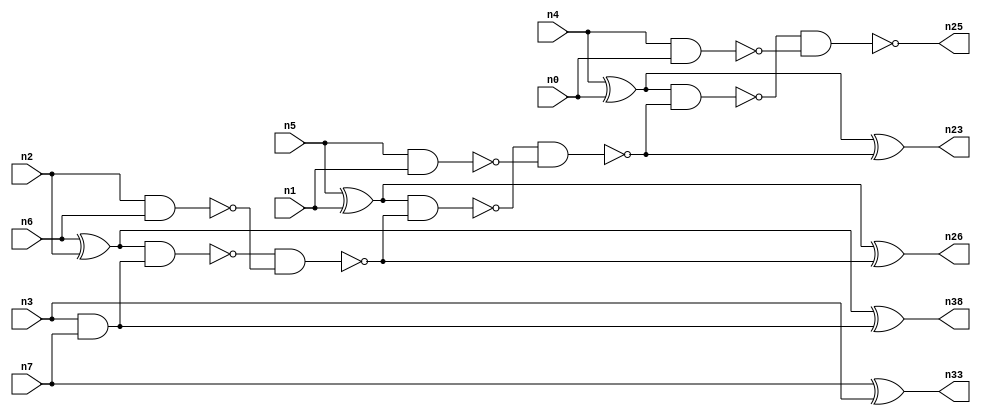
// This program was cloned from: https://github.com/umar-afzaal/ReCkt
// License: MIT License

// This file contains a pareto-optimal circuit with respect to pdp and the fault-resilince parameter p_fault which is defined as:
// "For all input vectors, the ratio of the no. of faults observable at the POs to the no. of total possible faults in the circuit".
// This code is part of the ReCkt library (https://github.com/umar-afzaal/ReCkt) distributed under The MIT License.
// When used, please cite the following article(s):
// U. Afzaal, A.S. Hassan, M. Usman and J.A. Lee, "On the Evolutionary Synthesis of Increased Fault-resilience Arithmetic Circuits".

// p_fault = 92.2 %    (Lower is better)
// gates = 21.0
// levels = 7
// area = 27.64    (For MCNC library relative to nand2)
// power = 100.2 uW    (Berkely-SIS for MCNC library @ Vdd=5V and 20 MHz clock)
// delay = 7.9 ns    (Berkely-ABC for MCNC library)
// PDP = 7.9158e-13 J

// Pin mapping:
// {n0, n1, n2, n3} = A[3:0]
// {n4, n5, n6, n7} = B[3:0]
// {n25, n23, n26, n38, n33} = O[4:0]

module addr4u_pdp_2 (
n0, n1, n2, n3, n4, n5, n6, n7, 
n25, n23, n26, n38, n33
);

input n0, n1, n2, n3, n4, n5, n6, n7;
output n25, n23, n26, n38, n33;
wire n15, n16, n8, n10, n13, n12, n19, n18, n21, n24, n20, n9, n11, n14, n17, n22;

and (n8, n3, n7);
xor (n9, n6, n2);
xor (n10, n5, n1);
nand (n11, n5, n1);
nand (n12, n4, n0);
nand (n13, n2, n6);
xnor (n14, n7, n3);
xor (n15, n4, n0);
xnor (n16, n9, n8);
nand (n17, n9, n8);
and (n18, n14, n14);
nand (n19, n17, n13);
nand (n20, n10, n19);
xnor (n21, n10, n19);
nand (n22, n20, n11);
xor (n23, n15, n22);
nand (n24, n15, n22);
nand (n25, n24, n12);
nand (n26, n21, n21);
nor (n33, n18, n18);
nor (n38, n16, n16);

endmodule